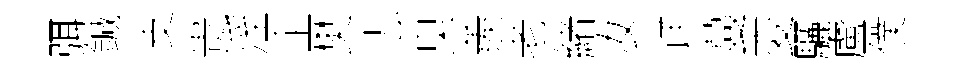
弭鍼支贵淫企樊忐臭羨老緖汝详蔓変驪盧僕